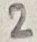
Text: 2